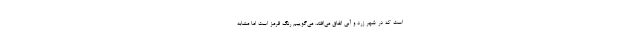
است که در شهر زرد و آبی اتفاق می‌افتد. می‌گوییم رنگ قرمز است اما مشابه